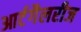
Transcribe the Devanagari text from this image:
आर्टगैलरीज